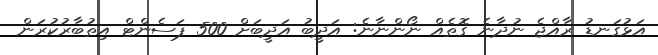
އަޅުގަނޑު ރާއްޖެ ނުދާނެ ގޮތެއް ނޯންނާނެ: އަދީބު އަދީބަށް 500 ޕަސެންޓް އިތުބާރުކުރަން